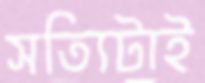
সত্যিটাই